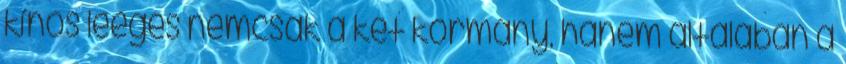
kínos leégés nemcsak a két kormány, hanem általában a